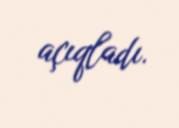
açıqladı.